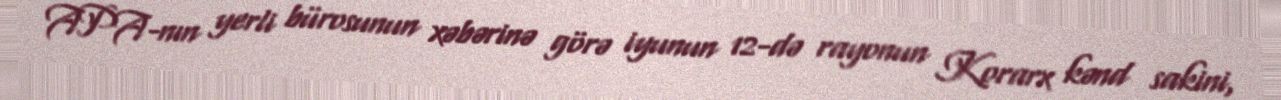
APA-nın yerli bürosunun xəbərinə görə iyunun 12-də rayonun Korarx kənd sakini,